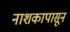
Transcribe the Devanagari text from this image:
नाशकापासून